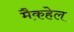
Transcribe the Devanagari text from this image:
मैकहेल